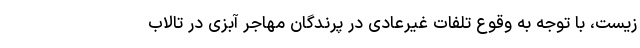
زیست، با توجه به وقوع تلفات غیرعادی در پرندگان مهاجر آبزی در تالاب